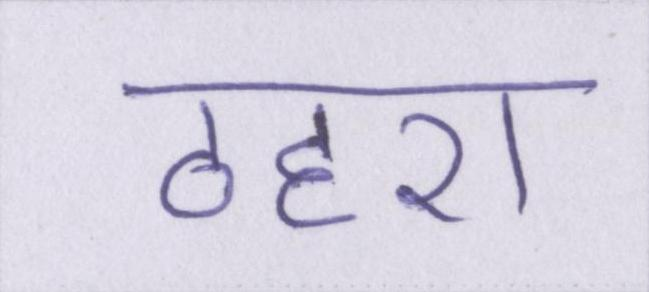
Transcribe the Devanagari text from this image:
ठहरा